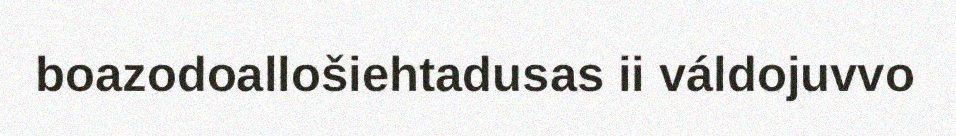
boazodoallošiehtadusas ii váldojuvvo